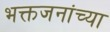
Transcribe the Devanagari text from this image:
भक्तजनांच्या